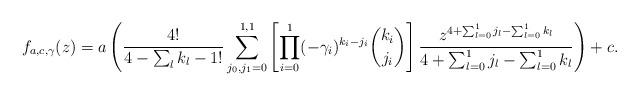
LaTeX: \begin{align*} f_{a,c,\gamma}(z) = a \left( \frac{4!}{4-\sum_l k_l-1!} \sum_{j_0, j_1 = 0} ^ {1, 1} \left[ \prod_{i = 0}^{1} (-\gamma_i)^{k_i-j_i} \binom{k_i}{j_i} \right] \frac{z^{4+\sum_{l=0}^{1}j_l - \sum_{l=0}^1 k_l}}{4 + \sum_{l = 0}^{1}j_l - \sum_{l = 0}^1 k_l} \right) + c.\end{align*}